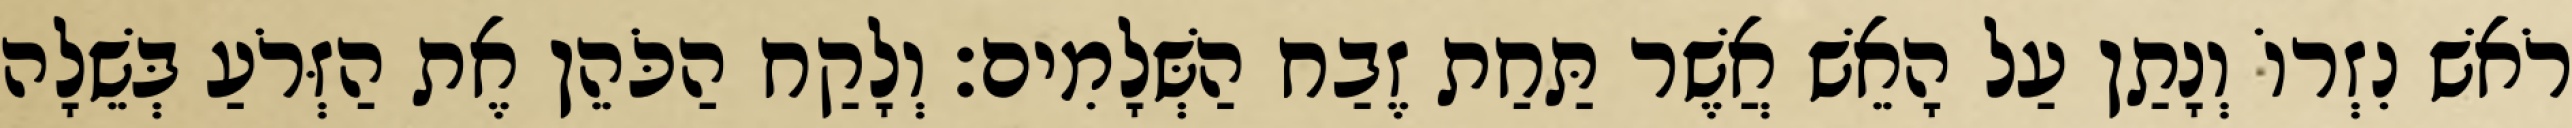
רֹאשׁ נִזְרוֹ וְנָתַן עַל הָאֵשׁ אֲשֶׁר תַּחַת זֶבַח הַשְּׁלָמִים׃ וְלָקַח הַכֹּהֵן אֶת הַזְּרֹעַ בְּשֵׁלָה